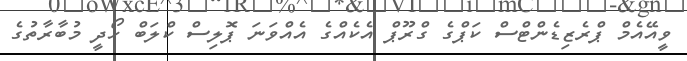
ވީއޭއެމް ޕްރެޒިޑެންޓްސް ކަޕްގެ ގްރޫޕް އެކެއްގެ އެއްވަނަ ޕޮލިސް ކްލަބް ހޯދީ މުބާރާތުގެ